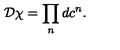
{ \cal D } \chi = \prod _ { n } d c ^ { n } .